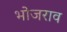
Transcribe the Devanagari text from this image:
भोजराव